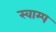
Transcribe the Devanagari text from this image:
स्वाम्प